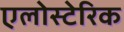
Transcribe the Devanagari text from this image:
एलोस्टेरिक